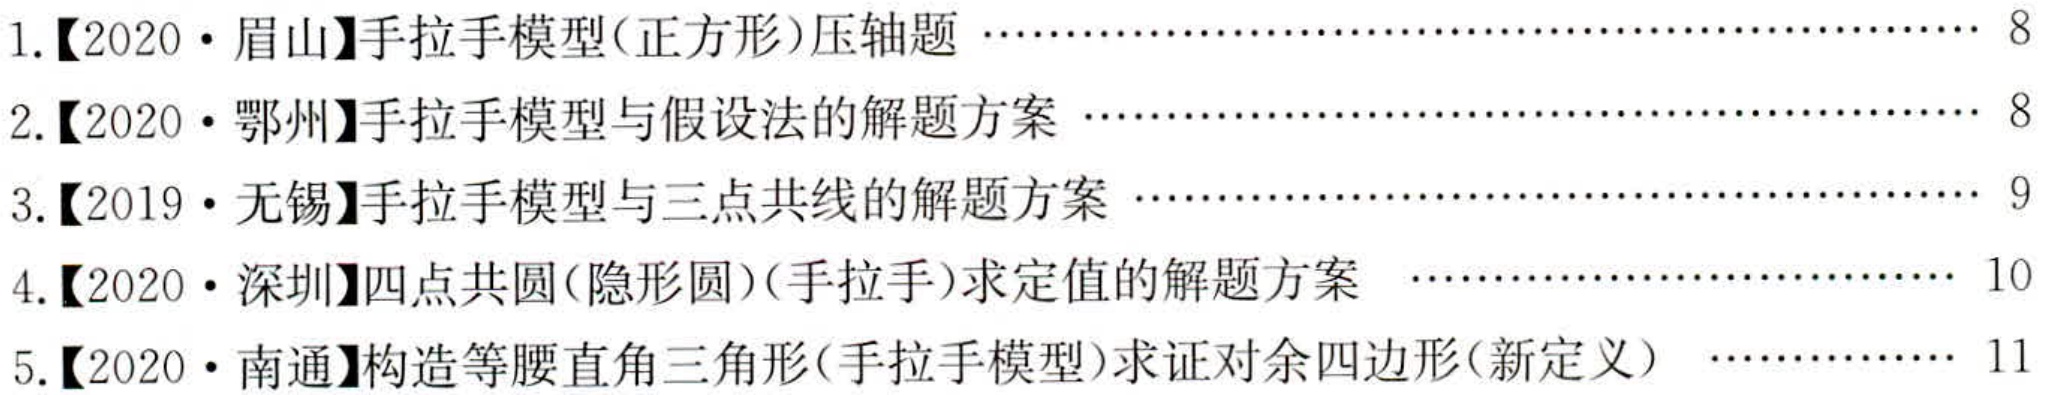
1.【2020·眉山】手拉手模型(正方形)压轴题 \cdots\cdots\cdots\cdots\cdots\cdots\cdots\cdots\cdots\cdots\cdots\cdots\cdots\cdots\cdots\cdots\cdots\cdots\cdots 8

2.【2020·鄂州】手拉手模型与假设法的解题方案 \cdots\cdots\cdots\cdots\cdots\cdots\cdots\cdots\cdots\cdots\cdots\cdots\cdots\cdots\cdots\cdots\cdots\cdots 8

3.【2019·无锡】手拉手模型与三点共线的解题方案 \cdots\cdots\cdots\cdots\cdots\cdots\cdots\cdots\cdots\cdots\cdots\cdots\cdots\cdots\cdots\cdots\cdots 9

4.【2020·深圳】四点共圆(隐形圆)(手拉手)求定值的解题方案  \cdots\cdots\cdots\cdots\cdots\cdots\cdots\cdots\cdots\cdots\cdots\cdots\cdots 10

5.【2020·南通】构造等腰直角三角形(手拉手模型)求证对余四边形(新定义)  \cdots\cdots\cdots\cdots\cdots\cdots\cdots 11